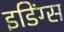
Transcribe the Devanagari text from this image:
इडिंग्स